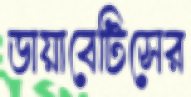
ডায়াবেটিসের